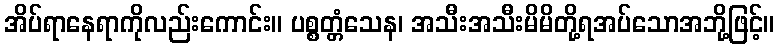
အိပ်ရာနေရာကိုလည်းကောင်း။ ပစ္စတ္တံသေန၊ အသီးအသီးမိမိတို့ရအပ်သောအဘို့ဖြင့်။